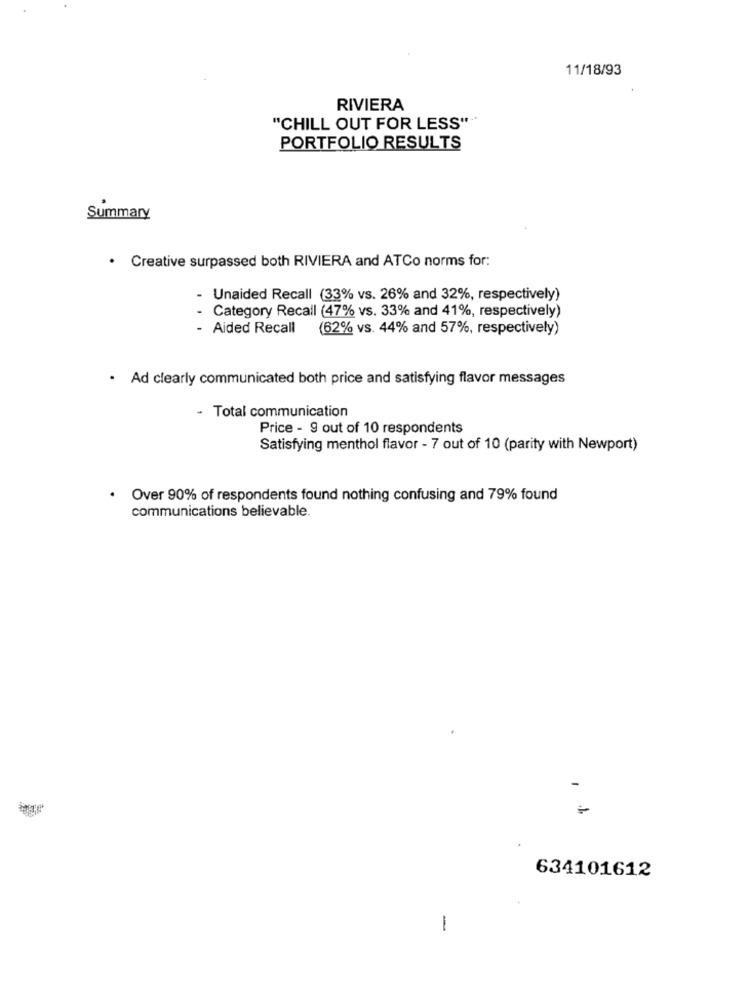
11/18/93
RIVIERA
"CHILL OUT FOR LESS""
PORTFOLIO RESULTS
Summary
· Creative surpassed both RIVIERA and ATCo norms for:
- Unaided Recall (33% vs. 26% and 32%, respectively)
Category Recall (47% vs. 33% and 41%, respectively)
- Aided Recall
(62% vs. 44% and 57%, respectively)
. Ad clearly communicated both price and satisfying flavor messages
- Total communication
Price - 9 out of 10 respondents
Satisfying menthol flavor - 7 out of 10 (parity with Newport)
Over 90% of respondents found nothing confusing and 79% found
communications believable.
634101612
1